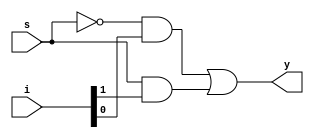
module mux2x1(
    output y,//reg y,
	 input [1:0]i,
	 input s );
	
wire sb;
wire w1,w2;
not n1(sb,s);
and a1(w1,sb,i[0]),
	 a2(w2,s,i[1]);
or or1(y,w1,w2);	
endmodule